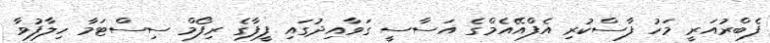
ފެބްރުއަރީ މަހު ފާސްކުރި އެފްއޭއެމްގެ އަސާސީ ގަވާއިދުގައި ފީފާގެ ރިފޯމް ސިސްޓަމާ ހިލާފުވާ